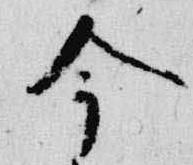
今